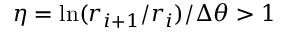
\eta = \ln ( r _ { i + 1 } / r _ { i } ) / \Delta \theta > 1